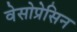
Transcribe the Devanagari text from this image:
वेसोप्रेसिन